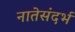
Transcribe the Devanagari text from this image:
नातेसंदर्भ